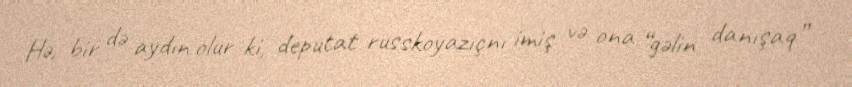
Hə, bir də aydın olur ki, deputat russkoyazıçnı imiş və ona “gəlin danışaq”